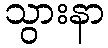
သွားနာ